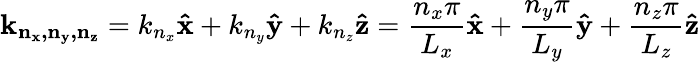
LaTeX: \mathbf{k_{n_{x},n_{y},n_{z}}}=k_{n_{x}}\mathbf{\hat{x}}+k_{n_{y}}\mathbf{\hat{y}}+k_{n_{z}}\mathbf{\hat{z}}={\frac{n_{x}\pi}{L_{x}}}\mathbf{\hat{x}}+{\frac{n_{y}\pi}{L_{y}}}\mathbf{\hat{y}}+{\frac{n_{z}\pi}{L_{z}}}\mathbf{\hat{z}}